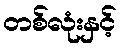
တစ်လုံးနှင့်